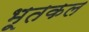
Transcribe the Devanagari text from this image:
भूतकल